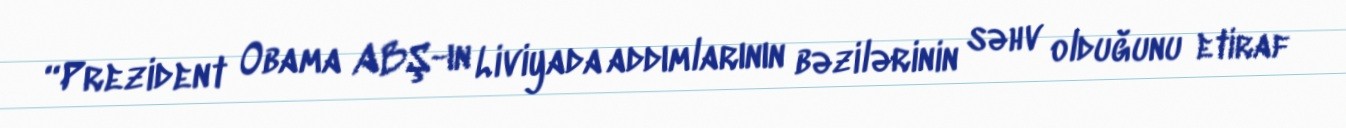
“Prezident Obama ABŞ-ın Liviyada addımlarının bəzilərinin səhv olduğunu etiraf